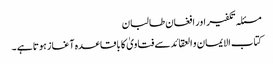
مسئلہ تکفیر اور افغان طالبان
کتاب الایمان و العقائدسے فتاویٰ کا باقاعدہ آغاز ہوتا ہے ۔